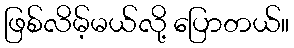
ဖြစ်လိမ့်မယ်လို့ ပြောတယ်။